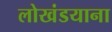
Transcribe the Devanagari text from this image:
लोखंडयाना